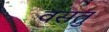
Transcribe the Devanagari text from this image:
वसतु